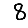
Digit: 8